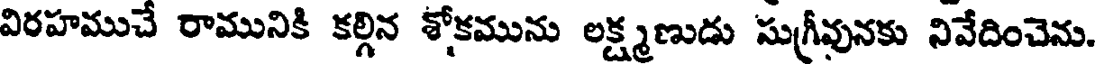
విరహముచే రామునికి కల్గిన శోకమును లక్ష్మణుడు సుగ్రీవునకు నివేదించెను.